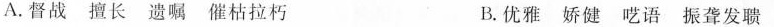
A.督战 擅长 遗嘱 催枯拉朽 B.优雅 娇健 呓语 振聋发聩